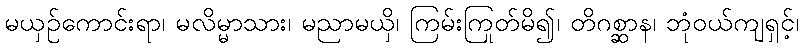
မယှဉ်ကောင်းရာ၊ မလိမ္မာသား၊ မညာမယှိ၊ ကြမ်းကြုတ်မိ၍၊ တိဂစ္ဆာန၊ ဘုံဝယ်ကျရှင့်၊